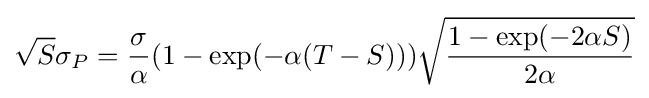
{\sqrt {S}}\sigma _{P}={\frac {\sigma }{\alpha }}(1-\exp(-\alpha (T-S))){\sqrt {\frac {1-\exp(-2\alpha S)}{2\alpha }}}